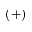
( + )